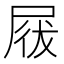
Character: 𡲁